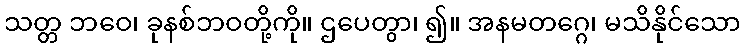
သတ္တ ဘဝေ၊ ခုနစ်ဘဝတို့ကို။ ဌပေတွာ၊ ၍။ အနမတဂ္ဂေ၊ မသိနိုင်သော